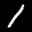
Label: 1